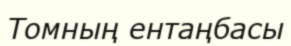
Томның ентаңбасы